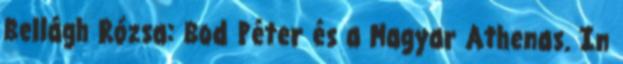
Bellágh Rózsa: Bod Péter és a Magyar Athenas. In